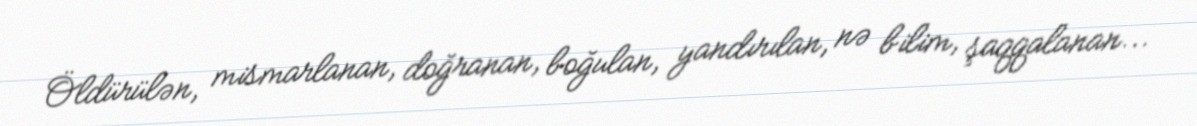
Öldürülən, mismarlanan, doğranan, boğulan, yandırılan, nə bilim, şaqqalanan...